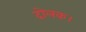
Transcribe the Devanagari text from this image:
दोलक।